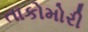
તાકોમોરી